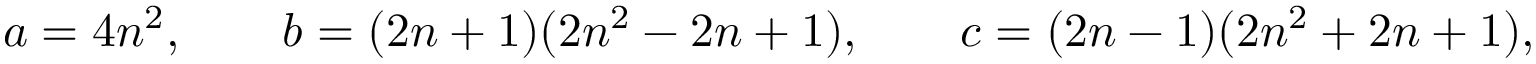
a = 4 n ^ { 2 } , \quad \quad b = ( 2 n + 1 ) ( 2 n ^ { 2 } - 2 n + 1 ) , \quad \quad c = ( 2 n - 1 ) ( 2 n ^ { 2 } + 2 n + 1 ) ,